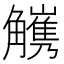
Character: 𧥅